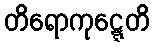
တိရောကုဋ္ဋေတိ